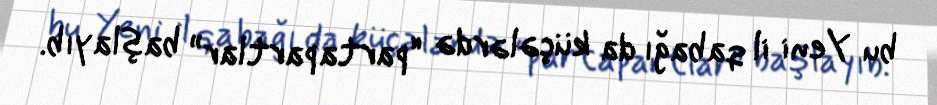
bu Yeni il qabağı da küçələrdə “partapartlar” başlayıb.